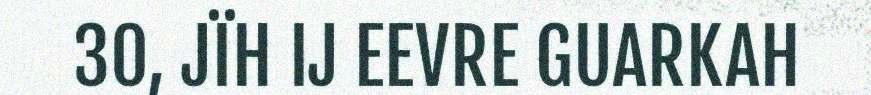
30, JÏH IJ EEVRE GUARKAH